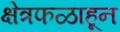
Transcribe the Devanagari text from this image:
क्षेत्रफळाहून